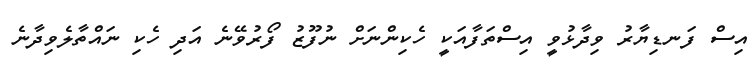
އިސް ފަނޑިޔާރު ވިދާޅުވީ އިސްތަފާއަކީ ހެކިންނަށް ނުފޫޒު ފޯރުވޭނެ އަދި ހެކި ނައްތާލެވިދާނެ